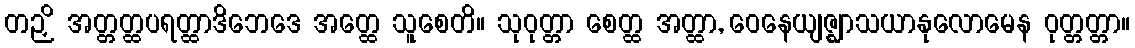
တဉှိ အတ္တတ္ထပရတ္ထာဒိဘေဒေ အတ္ထေ သူစေတိ။ သုဝုတ္တာ စေတ္ထ အတ္ထာ, ဝေနေယျဇ္ဈာသယာနုလောမေန ဝုတ္တတ္တာ။